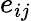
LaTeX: e_{ij}